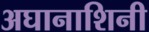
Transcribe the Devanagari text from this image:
अघानाशिनी